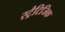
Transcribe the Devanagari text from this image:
स्ट्रैटिजिक